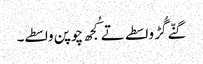
گنّے گُڑ واسطے تے کُجھ چوپن واسطے۔